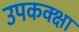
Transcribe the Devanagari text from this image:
उपकक्क्षा